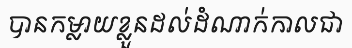
បានកម្លាយខ្លួនដល់ដំណាក់កាលជា